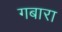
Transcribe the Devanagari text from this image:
गबारा